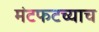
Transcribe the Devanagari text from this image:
मंटफटच्याच